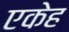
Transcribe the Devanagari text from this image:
एकेह